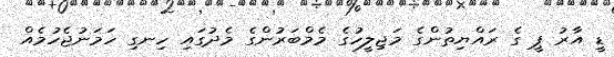
ޑީ އާރު ޕީ ގެ ރައްޔިތުންގެ މަޖިލީހުގެ މެމްބަރުންގެ މެދުގައި ހިނގި ހަމަނުޖެހުމެއް